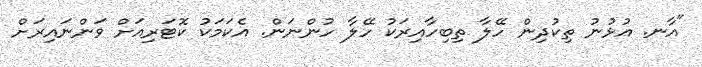
"އާނ. އުޅުނު ތިކުދިން ހޭލާ ތިބިހާއިރަކު ހޭލާ ހުންނަން. އެކަމަކު ކޮޓަރިއަށް ވަންނައިރަށް